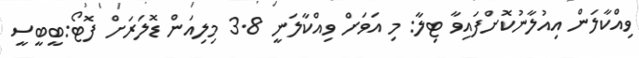
ވިއްކާލަން އިއުލާނުކޮށްފައިވާ ޓިލާ: މި އަވަށް ވިއްކާލަނީ 3.8 މިލިއަން ޑޮލަރަށް ފޮޓޯ:ބީބީސީ